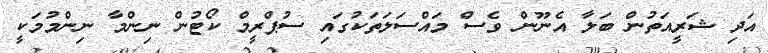
އަދި ޝަރީއަތުން ބަލާ އެނޫން ވެސް މައްސަލަތަކުގައި ސުޕްރީމް ކޯޓުން ނިންމާ ނިންމުމަކީ